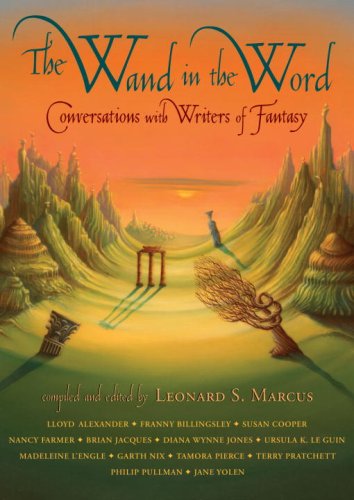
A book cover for The Wand in the Word: Conversations with Writers of Fantasy; Teen & Young Adult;